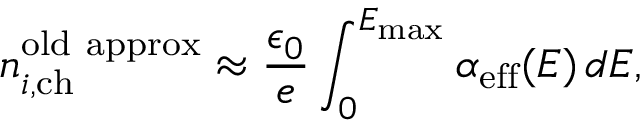
n _ { i , \mathrm { c h } } ^ { \mathrm { o l d ~ a p p r o x } } \approx \frac { \epsilon _ { 0 } } { e } \int _ { 0 } ^ { E _ { \mathrm { m a x } } } \alpha _ { \mathrm { e f f } } ( E ) \, d E ,